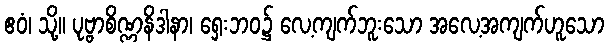
ဧဝံ၊ သို့။ ပုဗ္ဗာစိဏ္ဏနိဒါနာ၊ ရှေးဘဝ၌ လေ့ကျက်ဘူးသော အလေ့အကျက်ဟူသော